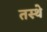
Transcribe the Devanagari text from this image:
तस्थे